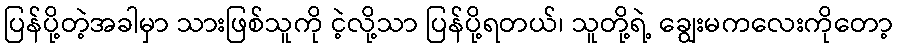
ပြန်ပို့တဲ့အခါမှာ သားဖြစ်သူကို ငဲ့လို့သာ ပြန်ပို့ရတယ်၊ သူတို့ရဲ့ ချွေးမကလေးကိုတော့